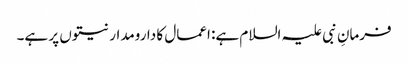
فرمانِ نبی علیہ السلام ہے: اعمال کا دارومدار نیتوں پر ہے۔